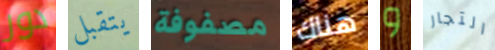
دور يتقبل مصفوفة هناك و التجار